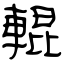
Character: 輥